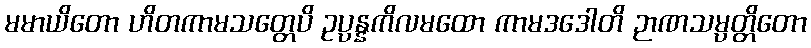
မမာယိတော ဟိတကာမသတ္တေပိ ဥပ္ပန္နကိလမထော ကာမဒဒေါတိ ဉာဏသမ္ပတ္တိတော